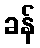
ခန်